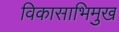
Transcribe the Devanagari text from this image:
विकासाभिमुख